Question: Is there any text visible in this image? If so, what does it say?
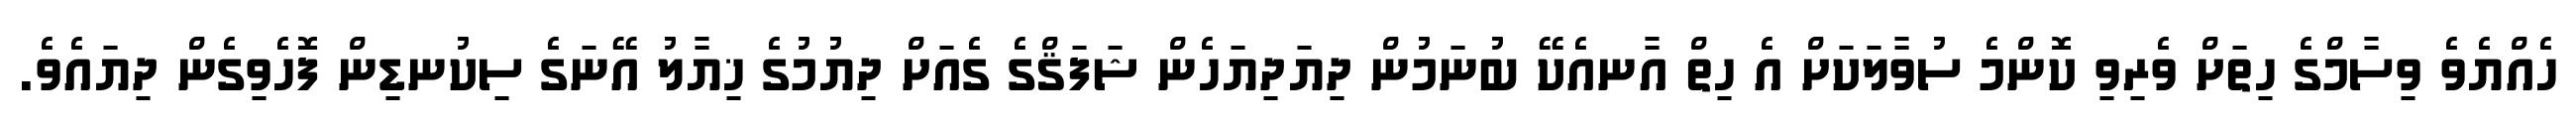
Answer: ހެއްޔެވެ ވިސާމްގެ ހިތަށް ވެރިވި ކޮންމެ ސުވާލަކަށް އެ ހިތް އާނއެކޭ ބުނަމުން ދިޔަދިޔަހެން ޝަފަޤްގެ ގެއަށް ދިޔުމުގެ ޚިޔާލު އޭނަގެ ސިކުނޑިން ފޮހެވިގެން ދިޔައެވެ.